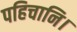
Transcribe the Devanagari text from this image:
पहिचानि।